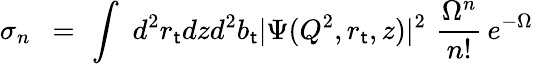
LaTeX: \sigma_{n}\, \, \, =\, \, \int\, \, d^{2}r_{\mathsf{t}}dzd^{2}b_{\mathsf{t}}|\Psi(Q^{2},r_{\mathsf{t}},z)|^{2}\, \, \frac{{\Omega^{n}}}{{n!}}\, e^{-\Omega}